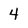
Character: 4